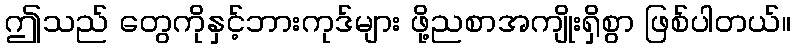
ဤသည် တွေကိုနှင့်ဘားကုဒ်များ ဖို့ညစာအကျိုးရှိစွာ ဖြစ်ပါတယ်။